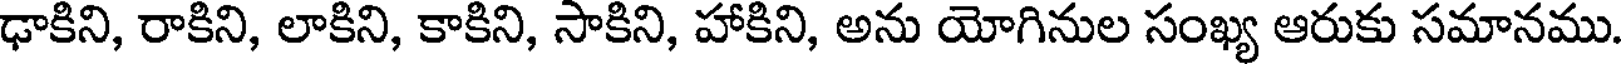
ఢాకిని, రాకిని, లాకిని, కాకిని, సాకిని, హాకిని, అను యోగినుల సంఖ్య ఆరుకు సమానము.